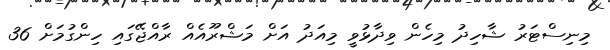
މިނިސްޓަރު ޝާހިދު މިހެން ވިދާޅުވީ މިއަދު އަށް މަޝްރޫއެއް ރާއްޖޭގައި ހިންގުމަށް 36